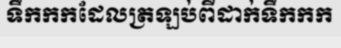
ទឹកកកដែលត្រឡប់ពីដាក់ទឹកកក